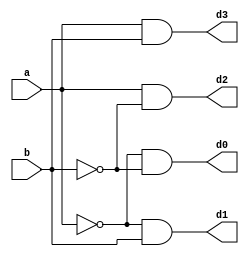
module decoder_2x4(a,b,d0,d1,d2,d3);

input a,b;
wire e,f;
output d0,d1,d2,d3;

not u1(e,a);
not u2(f,b);

and u3(d0,e,f);
and u4(d1,e,b);
and u5(d2,a,f);
and u6(d3,a,b);

endmodule

module test_decoder_2x4;

reg a,b;
wire d0,d1,d2,d3;

decoder_2x4 decoder_2x4_1(a,b,d0,d1,d2,d3);

initial begin 
	a=0;b=0;
#10	b=1;
#10	a=1;b=0;
#10	b=1;
#10	$stop;

end
endmodule
//2020.09.11_21811957 jeongbomi